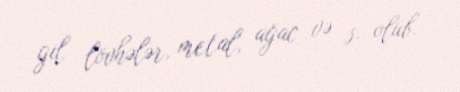
gil lövhələr, metal, ağac və s. olub.